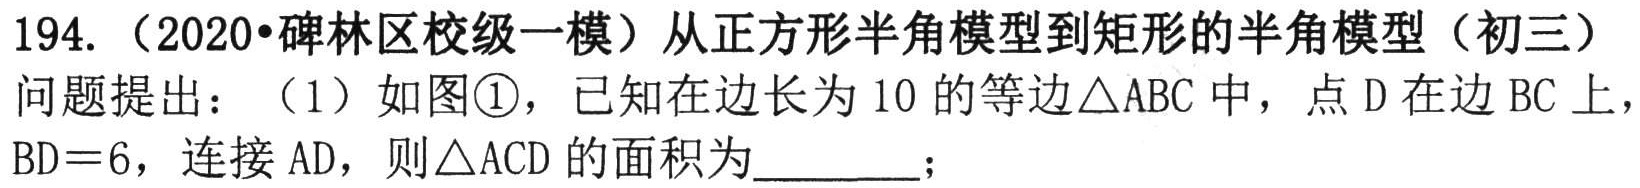
194.（2020•碑林区校级一模）从正方形半角模型到矩形的半角模型（初三）

问题提出：（1）如图\textcircled{1}，已知在边长为10的等边\triangle ABC中，点D在边BC上，

BD = 6，连接AD，则\triangle ACD的面积为________；